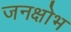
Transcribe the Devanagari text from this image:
जनक्षोभ